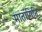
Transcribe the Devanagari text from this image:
मातांगिनि